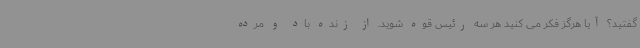
گفتید؟ آیا هرگز فکر می کنید هر سه رئیس قوه شوید. از زنده باد و مرده